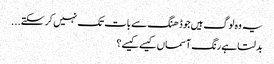
یہ وہ لوگ ہیں جو ڈھنگ سے بات تک نہیں کر سکتے...
بدلتا ہے رنگ آسماں کیسے کیسے؟